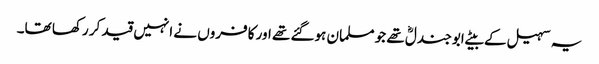
یہ سہیل کے بیٹے ابو جندلؓ تھے جو مسلمان ہوگئے تھے اور کافروں نے انہیں قید کر رکھا تھا۔